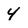
Character: 4